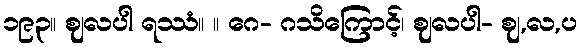
၁၉၃။ ဈလပါ ရဿံ။ ။ ဂေ- ဂသိကြောင့်၊ ဈလပါ- ဈ,လ,ပ